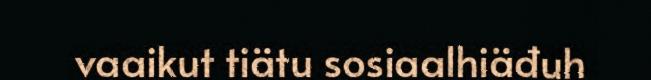
vaaikut tiätu sosiaalhiäđuh